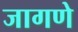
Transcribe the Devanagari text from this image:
जागणे